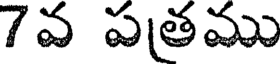
7వ పత్రము